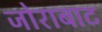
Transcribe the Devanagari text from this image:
जोराबाट